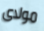
مولاى